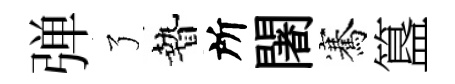
弹了贄所闍騫簋